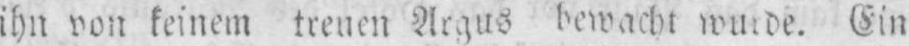
ihn von keinem treuen Argus bewacht wurde. Ein